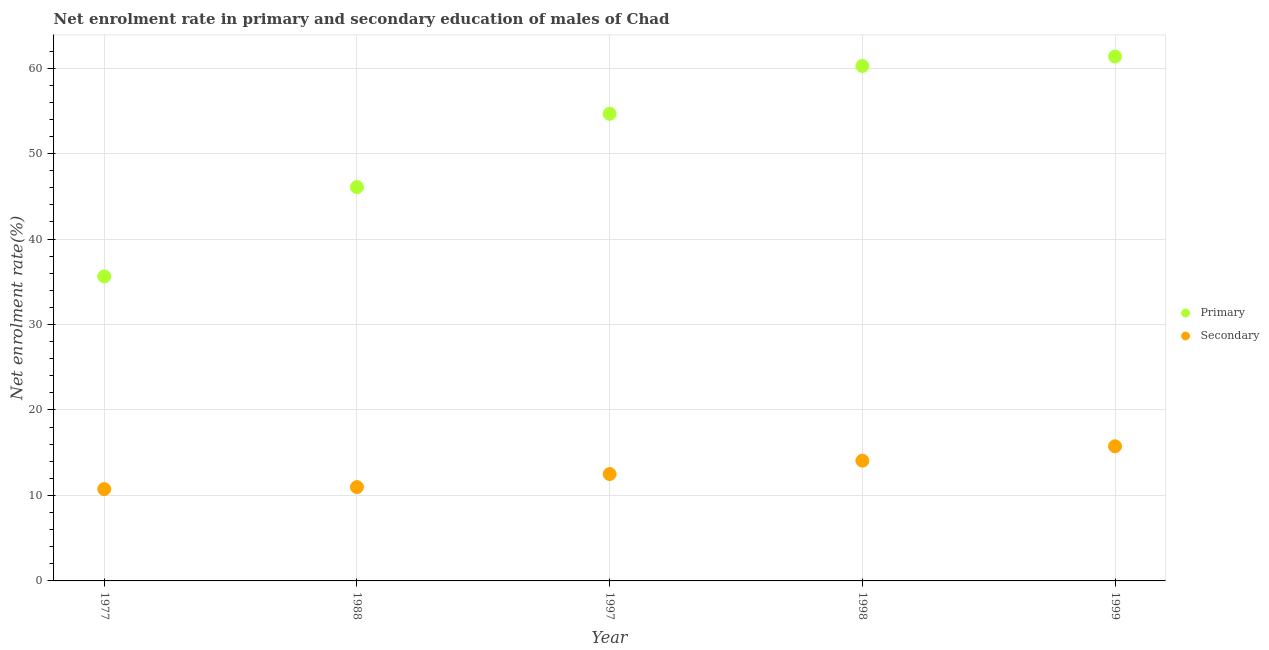
| Year | Primary | Secondary |
 | --- | --- | --- |
 | 1977 | 35.6 | 10.7 |
 | 1988 | 46.1 | 11 |
 | 1997 | 54.7 | 12.5 |
 | 1998 | 60.3 | 14.1 |
 | 1999 | 61.4 | 15.8 |